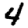
Digit: 4